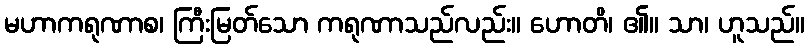
မဟာကရုဏာစ၊ ကြီးမြတ်သော ကရုဏာသည်လည်း။ ဟောတိ၊ ၏။ သာ၊ ဟူသည်။